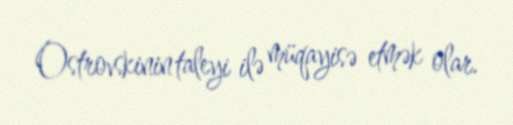
Ostrovskinin taleyi ilə müqayisə etmək olar.